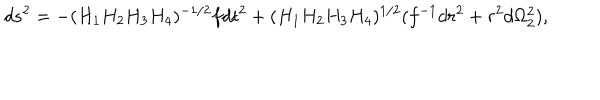
LaTeX: d s ^ { 2 } = - ( H _ { 1 } H _ { 2 } H _ { 3 } H _ { 4 } ) ^ { - 1 / 2 } f d t ^ { 2 } + ( H _ { 1 } H _ { 2 } H _ { 3 } H _ { 4 } ) ^ { 1 / 2 } ( f ^ { - 1 } d r ^ { 2 } + r ^ { 2 } d \Omega _ { 2 } ^ { 2 } ) ,